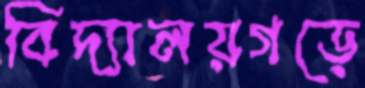
বিদ্যালয়গড়ে